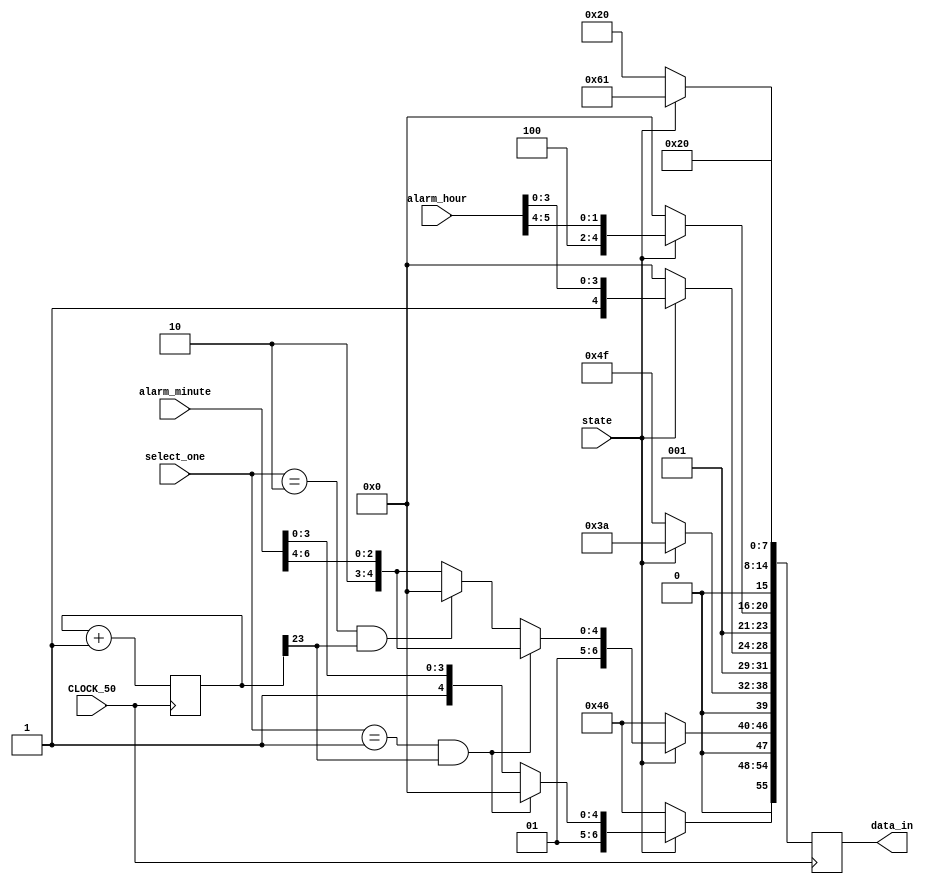
module lcd_alarm_trans(
    input CLOCK_50,
    input state,
    input wire[1:0] select_one,
    input wire[5:0] alarm_hour,
    input wire[6:0] alarm_minute,

    output reg[255:200] data_in
);
always @(posedge CLOCK_50) begin
    if(!state) begin    //闹钟关闭
        data_in[207:200] <= 8'b0010_0000;
        data_in[215:208] <= 8'b0010_0000;
        data_in[223:216] <= 8'b0010_0000;
        data_in[231:224] <= 8'b0010_0000;
        data_in[239:232] <= 8'b0100_1111;//O
        data_in[247:240] <= 8'b0100_0110;//F
        data_in[255:248] <= 8'b0100_0110;//F
    end
    else if((select_one == 4'b0001)&&count[23])begin
        data_in[207:200] <= 8'b0010_0000;                   // 
        data_in[215:208] <= 8'b0110_0001;                   //a
        data_in[223:216] <= {6'b0011_00,alarm_hour[5:4]};   //hour_h
        data_in[231:224] <= {4'b0011,alarm_hour[3:0]};            //hour_l
        data_in[239:232] <= 8'b0011_1010;                   //:
        data_in[247:240] <= {5'b0011_0,alarm_minute[6:4]};  //min_h
        data_in[255:248] <= 8'b0010_0000;                   //min_l but _
    end
    else if((select_one == 4'b0010)&&count[23])begin
        data_in[207:200] <= 8'b0010_0000;                   // 
        data_in[215:208] <= 8'b0110_0001;                   //a
        data_in[223:216] <= {6'b0011_00,alarm_hour[5:4]};   //hour_h
        data_in[231:224] <= {4'b0011,alarm_hour[3:0]};            //hour_l
        data_in[239:232] <= 8'b0011_1010;                   //:
        data_in[247:240] <= 8'b0010_0000;                   //min_h but _
        data_in[255:248] <= {4'b0011,alarm_minute[3:0]};          //min_l
    end
    else if((select_one == 4'b0100)&&count[23])begin
        data_in[207:200] <= 8'b0010_0000;                   // 
        data_in[215:208] <= 8'b0110_0001;                   //a
        data_in[223:216] <= {6'b0011_00,alarm_hour[5:4]};   //hour_h
        data_in[231:224] <= 8'b0010_0000;                   //hour_l but _
        data_in[239:232] <= 8'b0011_1010;                   //:
        data_in[247:240] <= {5'b0011_0,alarm_minute[6:4]};  //min_h
        data_in[255:248] <= {4'b0011,alarm_minute[3:0]};          //min_l
    end
    else if((select_one == 4'b1000)&&count[23])begin
        data_in[207:200] <= 8'b0010_0000;                   // 
        data_in[215:208] <= 8'b0110_0001;                   //a
        data_in[223:216] <= 8'b0010_0000;                   //hour_h but _
        data_in[231:224] <= {4'b0011,alarm_hour[3:0]};      //hour_l
        data_in[239:232] <= 8'b0011_1010;                   //:
        data_in[247:240] <= {5'b0011_0,alarm_minute[6:4]};  //min_h
        data_in[255:248] <= {4'b0011,alarm_minute[3:0]};          //min_l
    end
    else begin
        data_in[207:200] <= 8'b0010_0000;                   // 
        data_in[215:208] <= 8'b0110_0001;                   //a
        data_in[223:216] <= {6'b0011_00,alarm_hour[5:4]};   //hour_h
        data_in[231:224] <= {4'b0011,alarm_hour[3:0]};            //hour_l
        data_in[239:232] <= 8'b0011_1010;                   //:
        data_in[247:240] <= {5'b0011_0,alarm_minute[6:4]};  //min_h
        data_in[255:248] <= {4'b0011,alarm_minute[3:0]};          //min_l
    end
end

reg[23:0] count;
always @(posedge CLOCK_50) begin
    count <= count + 1;
end

endmodule